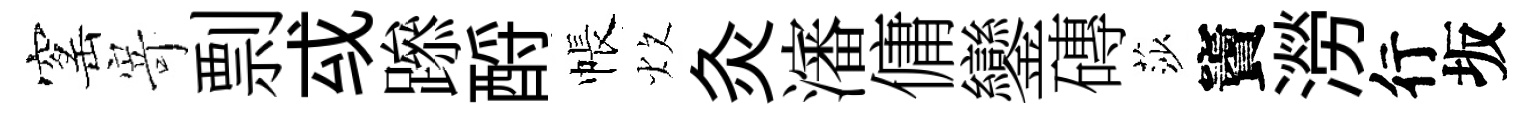
窰𭔃剽㦯𨅶酹帳炊灸瀋傭鑾磚莎竇澇行坂